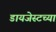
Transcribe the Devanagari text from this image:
डायजेस्टच्या